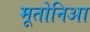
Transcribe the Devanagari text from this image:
मूतोनिआ